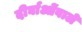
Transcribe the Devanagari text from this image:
दीर्घाओंवाले